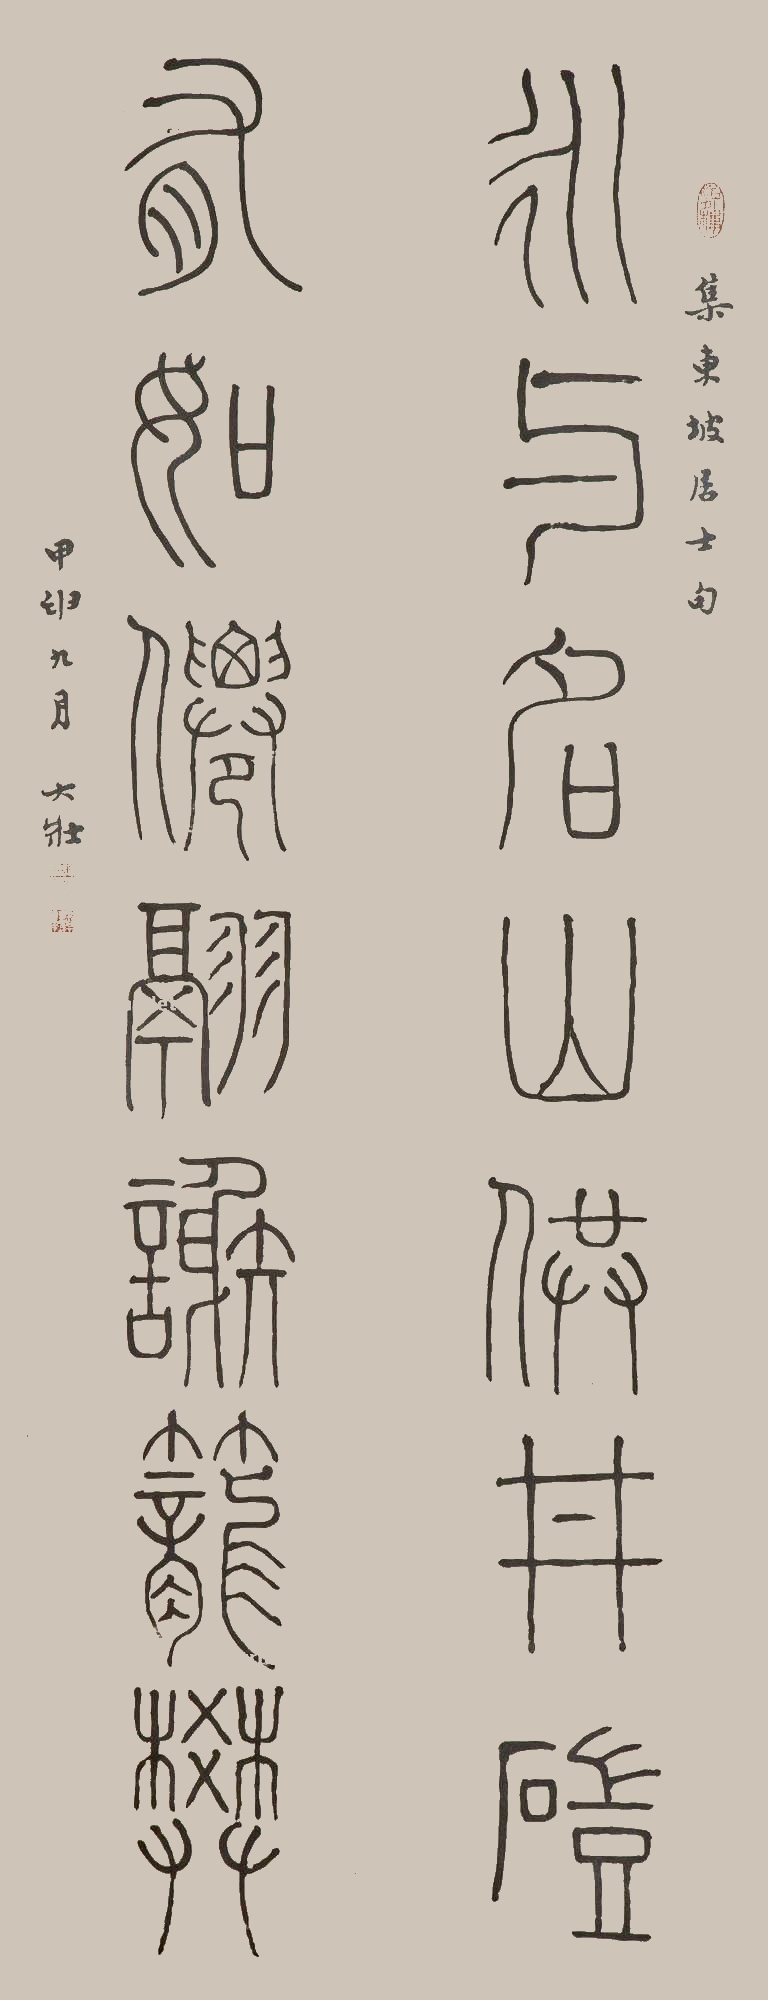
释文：永与名山供井硙，有如仙翮谢笼樊。集东坡居士句，甲申九月大壮。